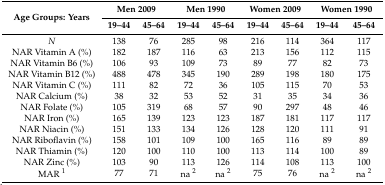
<table><thead><tr><td rowspan="2"><b>Age Groups: Years</b></td><td colspan="2"><b>Men 2009</b></td><td colspan="2"><b>Men 1990</b></td><td colspan="2"><b>Women 2009</b></td><td colspan="2"><b>Women 1990 </b></td></tr><tr><td><b>19–44</b></td><td><b>45–64</b></td><td><b>19–44</b></td><td><b>45–64</b></td><td><b>19–44</b></td><td><b>45–64</b></td><td><b>19–44</b></td><td><b>45–64</b></td></tr></thead><tbody><tr><td><i>N</i></td><td>138</td><td>76</td><td>285</td><td>98</td><td>216</td><td>114</td><td>364</td><td>117</td></tr><tr><td>NAR Vitamin A (%)</td><td>182</td><td>187</td><td>116</td><td>63</td><td>213</td><td>156</td><td>112</td><td>115</td></tr><tr><td>NAR Vitamin B6 (%)</td><td>106</td><td>93</td><td>109</td><td>73</td><td>89</td><td>77</td><td>82</td><td>73</td></tr><tr><td>NAR Vitamin B12 (%)</td><td>488</td><td>478</td><td>345</td><td>190</td><td>289</td><td>198</td><td>180</td><td>175</td></tr><tr><td>NAR Vitamin C (%)</td><td>111</td><td>82</td><td>72</td><td>36</td><td>105</td><td>115</td><td>70</td><td>53</td></tr><tr><td>NAR Calcium (%)</td><td>38</td><td>32</td><td>53</td><td>52</td><td>31</td><td>35</td><td>34</td><td>36</td></tr><tr><td>NAR Folate (%)</td><td>105</td><td>319</td><td>68</td><td>57</td><td>90</td><td>297</td><td>48</td><td>46</td></tr><tr><td>NAR Iron (%)</td><td>165</td><td>139</td><td>123</td><td>123</td><td>187</td><td>181</td><td>117</td><td>117</td></tr><tr><td>NAR Niacin (%)</td><td>151</td><td>133</td><td>134</td><td>126</td><td>128</td><td>120</td><td>111</td><td>91</td></tr><tr><td>NAR Riboflavin (%)</td><td>158</td><td>101</td><td>109</td><td>100</td><td>165</td><td>116</td><td>89</td><td>89</td></tr><tr><td>NAR Thiamin (%)</td><td>120</td><td>100</td><td>110</td><td>100</td><td>113</td><td>114</td><td>100</td><td>89</td></tr><tr><td>NAR Zinc (%)</td><td>103</td><td>90</td><td>113</td><td>126</td><td>114</td><td>108</td><td>113</td><td>100</td></tr><tr><td>MAR <sup>1</sup></td><td>77</td><td>71</td><td>na <sup>2</sup></td><td>na <sup>2</sup></td><td>75</td><td>76</td><td>na <sup>2</sup></td><td>na <sup>2</sup></td></tr></tbody></table>